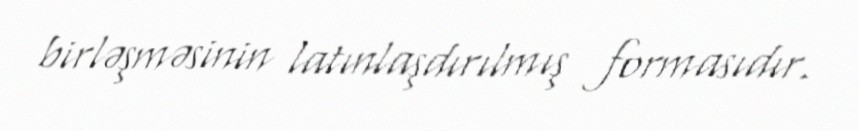
birləşməsinin latınlaşdırılmış formasıdır.